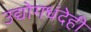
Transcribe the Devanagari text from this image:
उद्योगधंदेही